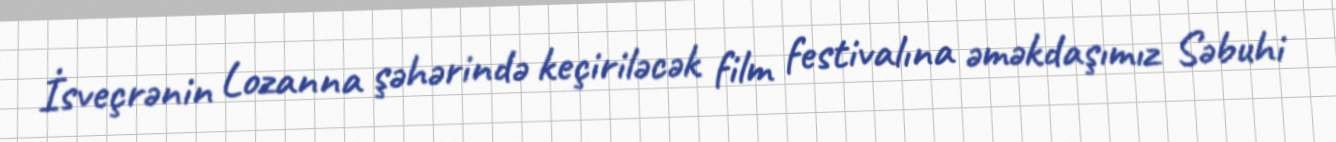
İsveçrənin Lozanna şəhərində keçiriləcək film festivalına əməkdaşımız Səbuhi